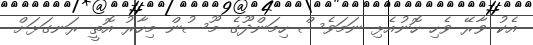
އެކު ވާރޭ ވެހި ހޮނުއެޅި ނަމަވެސް ހިމަންދޫގެ މޫސުން މިހާރު އޮތީ ރަނގަޅަށް